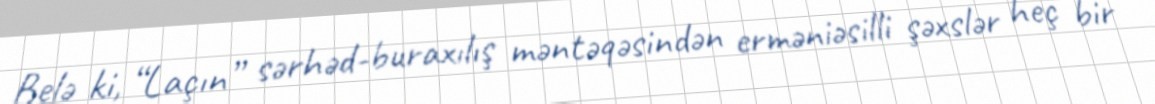
Belə ki, “Laçın” sərhəd-buraxılış məntəqəsindən erməniəsilli şəxslər heç bir